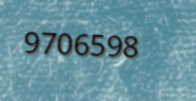
9706598